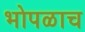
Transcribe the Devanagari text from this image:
भोपळाच